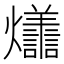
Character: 𭶩